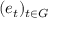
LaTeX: ( e _ { t } ) _ { t \in G }